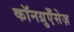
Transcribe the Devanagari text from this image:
कॉनग्रुएँसेज़